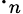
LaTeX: \cdot_{n}